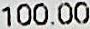
100.00